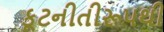
કૂટનીતીરૂપથી